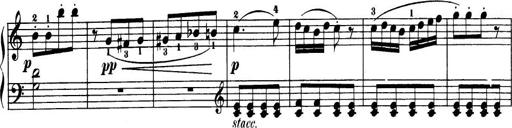
Title: 32 Sonatinas and Rondos for the Piano
Composer: Richard Kleinmichel